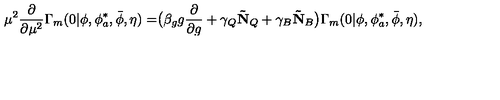
\mu ^ { 2 } \frac { \partial } { \partial \mu ^ { 2 } } \Gamma _ { m } ( 0 | \phi , \phi _ { a } ^ { * } , \bar { \phi } , \eta ) = \bigr ( \beta _ { g } g \frac { \partial } { \partial g } + \gamma _ { Q } \mathbf { \tilde { N } } _ { Q } + \gamma _ { B } \mathbf { \tilde { N } } _ { B } \bigr ) \Gamma _ { m } ( 0 | \phi , \phi _ { a } ^ { * } , \bar { \phi } , \eta ) ,